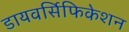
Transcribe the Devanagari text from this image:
डायवर्सिफिकेशन